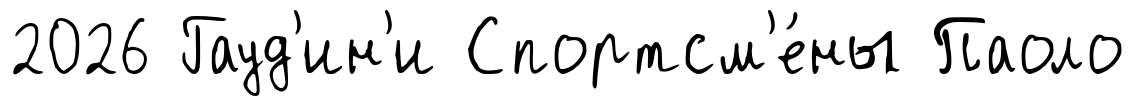
2026 Гауд'ин'и Спортсм'е́ны Паоло